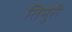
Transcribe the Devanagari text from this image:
तिमुरी